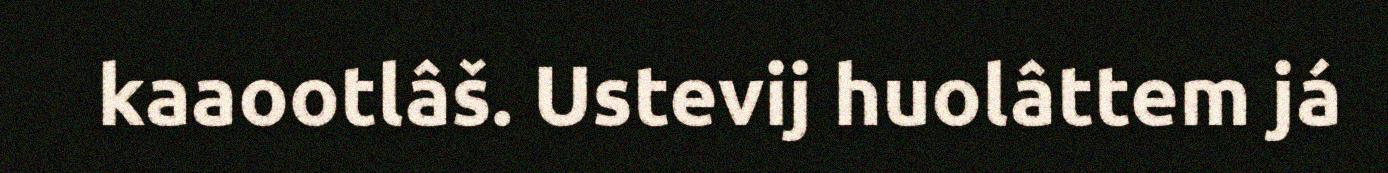
kaaootlâš. Ustevij huolâttem já